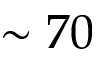
\sim 7 0